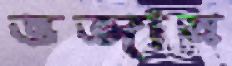
ভজার